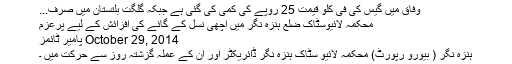
وفاق میں گیس کی فی کلو قیمت 25 روپے کی کمی کی گئی ہے جبکہ گلگت بلتستان میں صرف...
محکمہ لائیوسٹاک ضلع ہنزہ نگر میں اچھی نسل کے گائے کی افزائش کے لیے پرعزم
October 29, 2014 پامیر ٹائمز
ہنزہ نگر ( بیورو رپورٹ) محکمہ لائیو سٹاک ہنزہ نگر ڈائریکٹر اور ان کے عملہ گزشتہ روز سے حرکت میں ۔